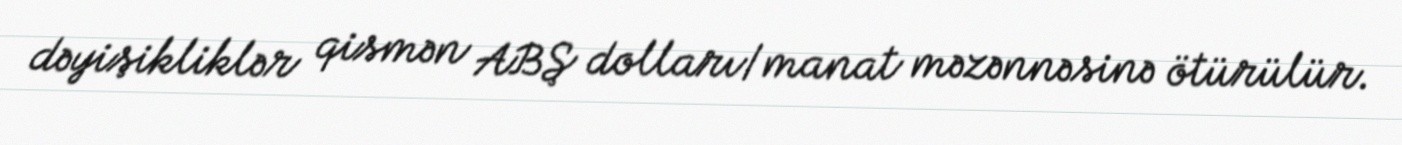
dəyişikliklər qismən ABŞ dolları/manat məzənnəsinə ötürülür.